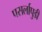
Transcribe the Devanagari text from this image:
पसर्लापुडी